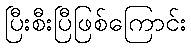
ပြီးစီးပြီဖြစ်ကြောင်း